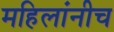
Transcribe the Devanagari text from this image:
महिलांनीच